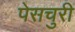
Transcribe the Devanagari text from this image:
पेसचुरी